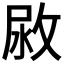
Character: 𢽷